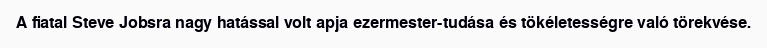
A fiatal Steve Jobsra nagy hatással volt apja ezermester-tudása és tökéletességre való törekvése.